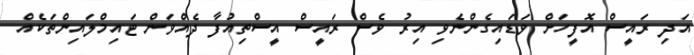
އަދި ރައީސް އޮފީހަށް ވަޑައިގެންނެވި އިރު ވެސް ރައީސް އީސްތިއުފާ ދެއްވަން ޓައިމްލައިންތަކެއް